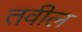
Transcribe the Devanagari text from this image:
तवील